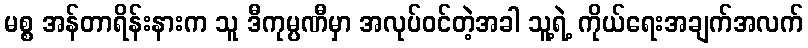
မစ္စ အန်တာရိန်းနားက သူ ဒီကုမ္ပဏီမှာ အလုပ်ဝင်တဲ့အခါ သူ့ရဲ့ ကိုယ်ရေးအချက်အလက်